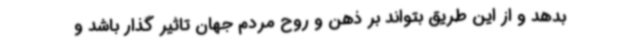
بدهد و از این طریق بتواند بر ذهن و روح مردم جهان تاثیر گذار باشد و